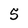
Character: 5